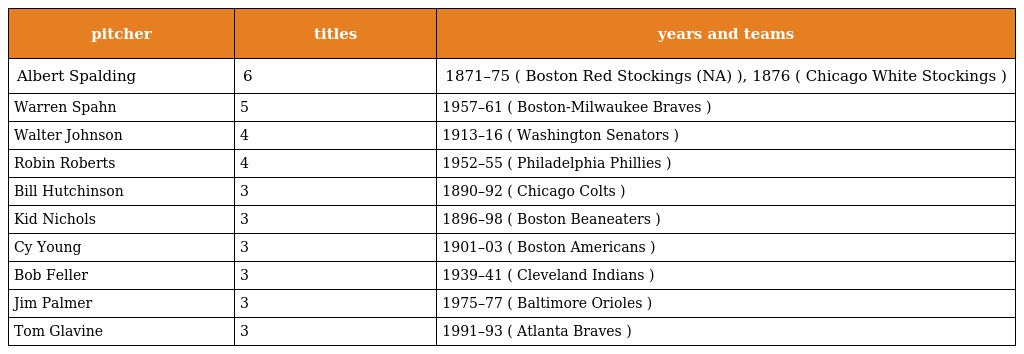
| pitcher | titles | years and teams |
 | --- | --- | --- |
 | Albert Spalding | 6 | 1871–75 ( Boston Red Stockings (NA) ), 1876 ( Chicago White Stockings ) |
 | Warren Spahn | 5 | 1957–61 ( Boston-Milwaukee Braves ) |
 | Walter Johnson | 4 | 1913–16 ( Washington Senators ) |
 | Robin Roberts | 4 | 1952–55 ( Philadelphia Phillies ) |
 | Bill Hutchinson | 3 | 1890–92 ( Chicago Colts ) |
 | Kid Nichols | 3 | 1896–98 ( Boston Beaneaters ) |
 | Cy Young | 3 | 1901–03 ( Boston Americans ) |
 | Bob Feller | 3 | 1939–41 ( Cleveland Indians ) |
 | Jim Palmer | 3 | 1975–77 ( Baltimore Orioles ) |
 | Tom Glavine | 3 | 1991–93 ( Atlanta Braves ) |